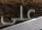
على